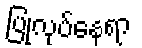
ပြုလုပ်နေရာ